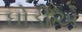
ઘોડીએ